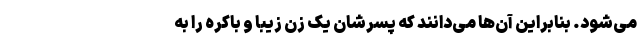
می‌شود. بنابراین آن‌ها می‌دانند که پسرشان یک زن زیبا و باکره را به